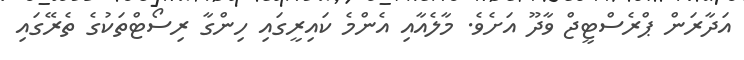
އަދާރަން ޕްރެސްޓީޖް ވާދޫ އަށެވެ. މާލެއާއި އެންމެ ކައިރީގައި ހިންގާ ރިސޯޓްތަކުގެ ތެރޭގައި